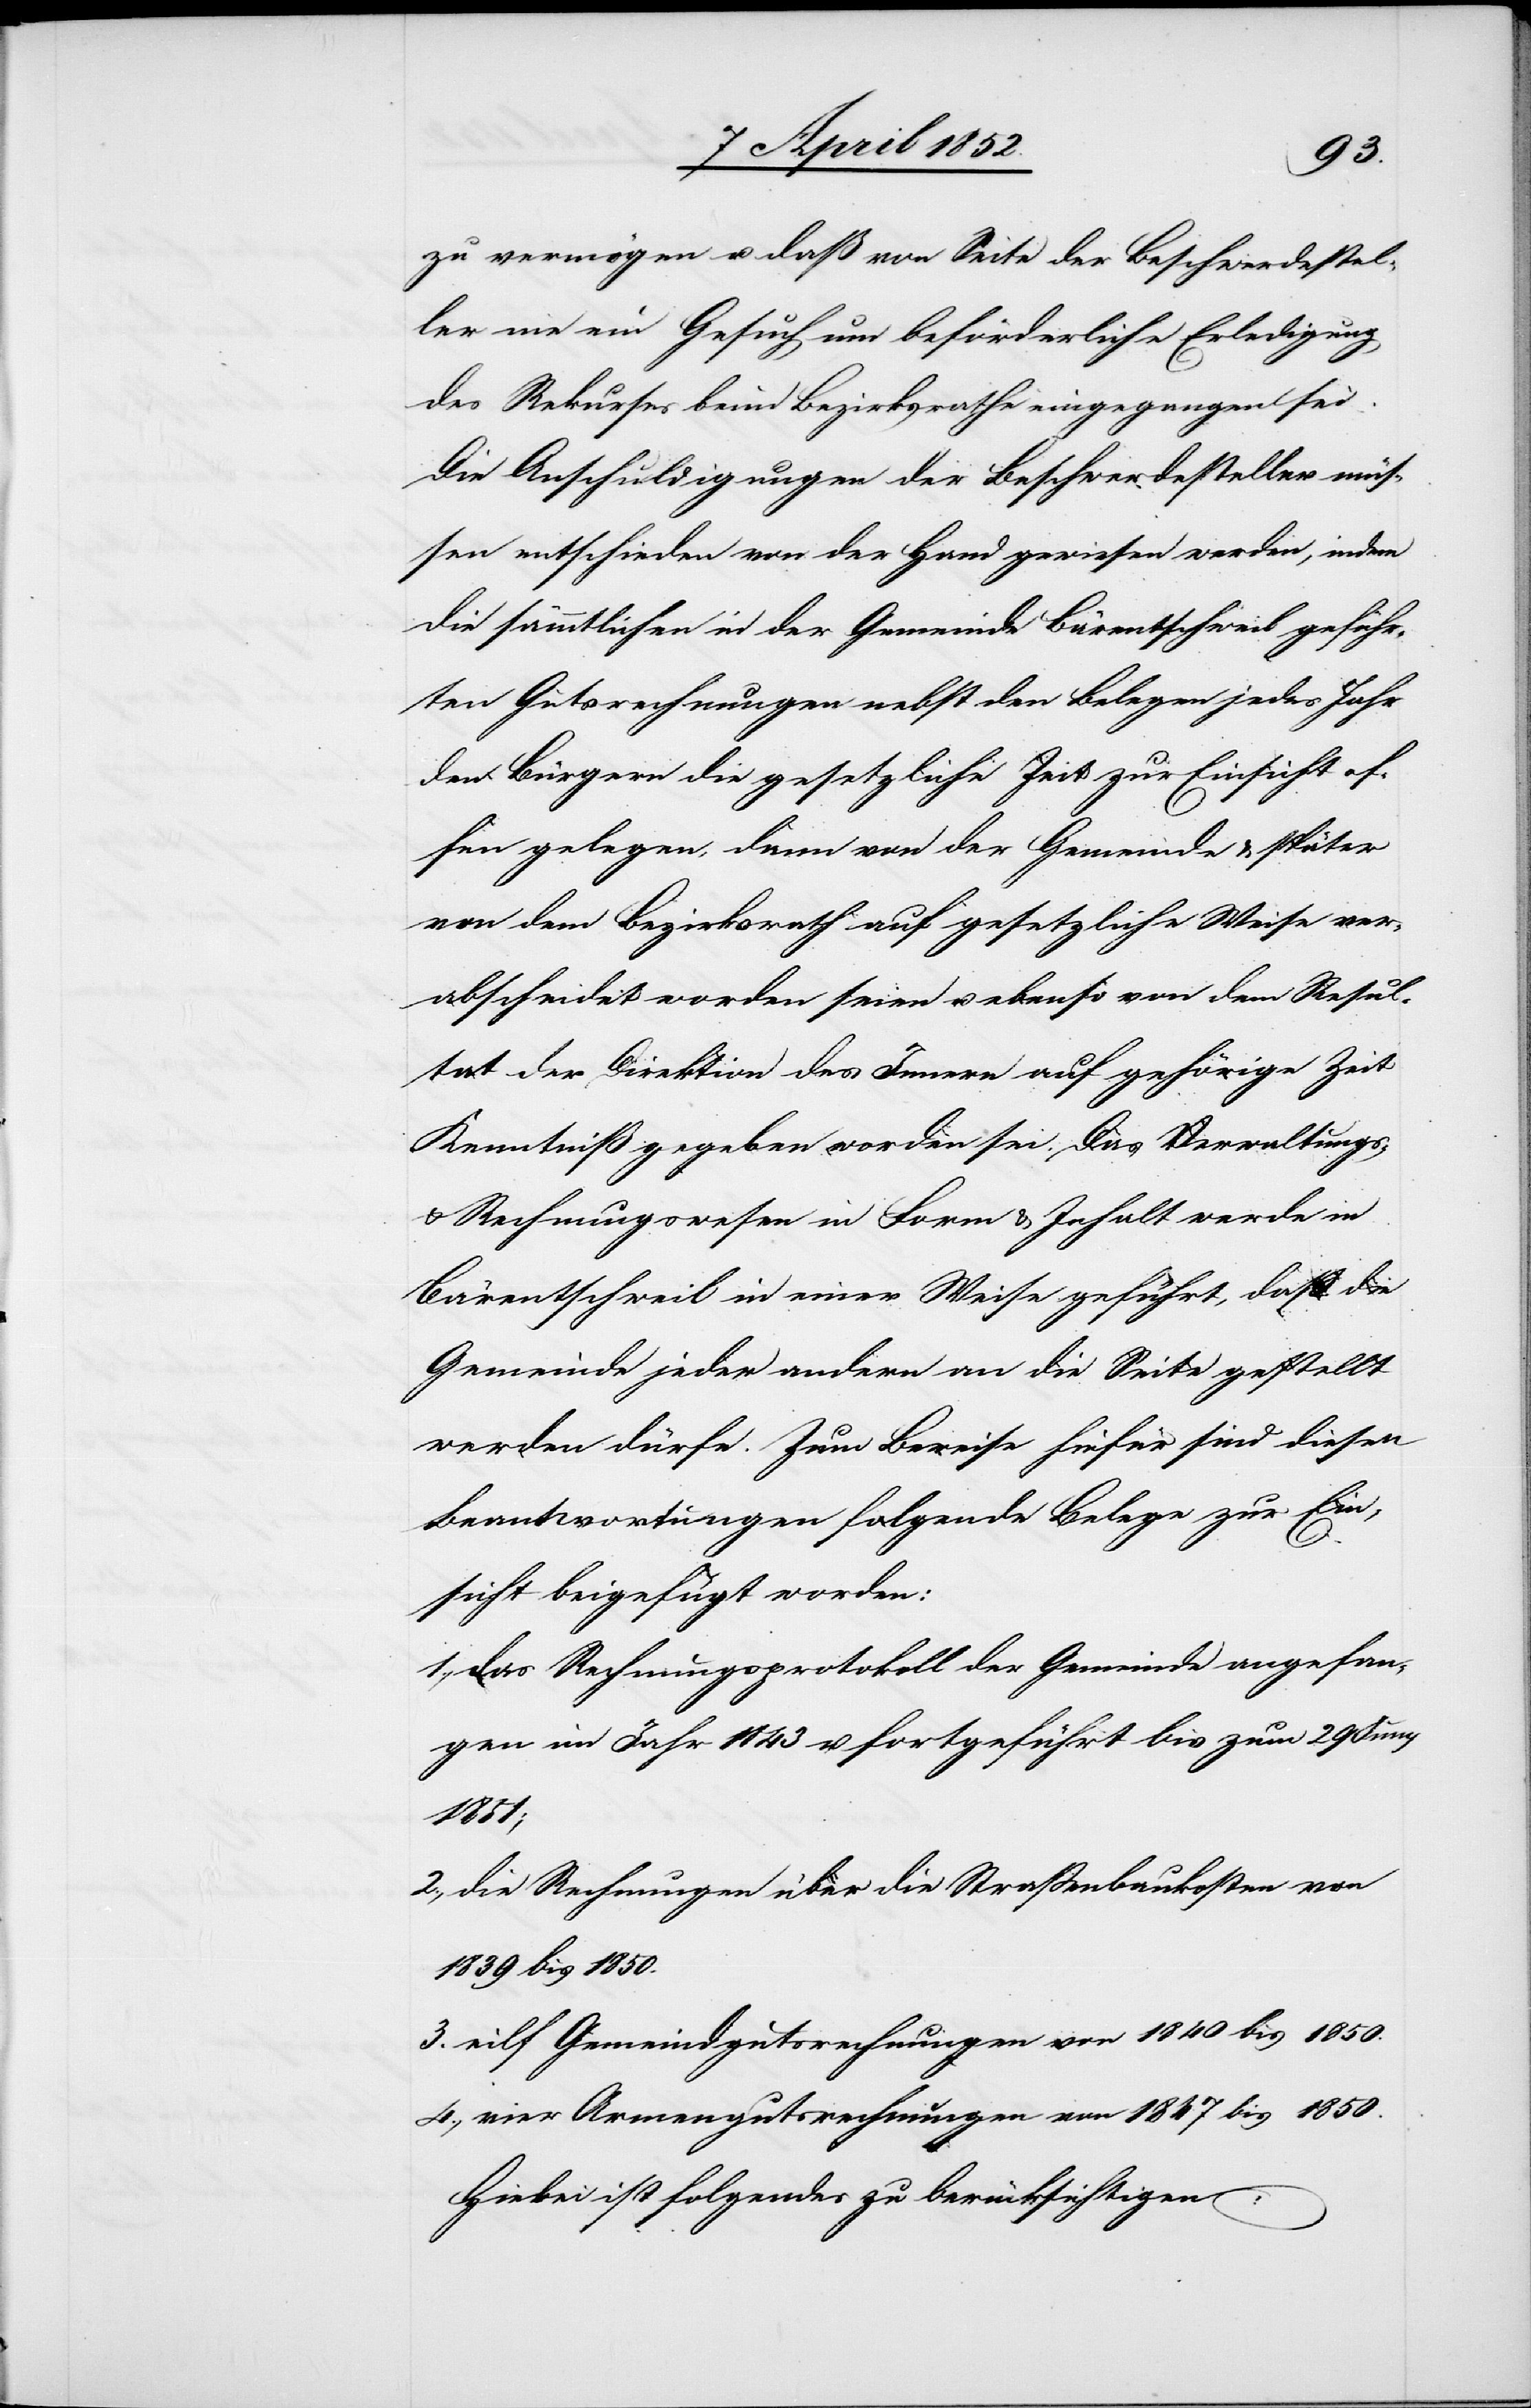
3.
zu vermögen u. daß von Seite der Beschwerdestel¬
ler nie ein Gesuch um beförderliche Erledigung
des Rekurses beim Bezirksrathe eingegangen sei.
Die Anschuldigungen der Beschwerdesteller müs¬
sen entschieden von der Hand gewiesen werden, indem
die sämmtlichen in der Gemeinde Bärentschweil geführ¬
ten Gutsrechnungen nebst den Belegen jedes Jahr
den Bürgern die gesetzliche Zeit zur Einsicht of¬
fen gelegen, dann von der Gemeinde & später
von dem Bezirksrath auf gesetzliche Weise ver¬
abscheidet worden seien u. ebenso von dem Resul¬
tat der Direktion des Innern auf gehörige Zeit
Kenntniß gegeben worden sei. Das Verwaltungs-
Rechnungswesen in Form & Inhalt werde in
Bärentschweil in einer Weise geführt, daß die
Gemeinde jeder andern an die Seite gestellt
werden dürfe. Zum Beweise hiefür sind diesen
Beantwortungen folgende Belege zur Ein¬
sicht beigefügt worden:
das Rechnungsprotokoll der Gemeinde angefan¬
gen im Jahr 1843 u. fortgeführt bis zum 29 Juny
1851;
die Rechnungen über die Strassenbaukosten von
1839 bis 1850.
eilf Gemeindgutsrechnungen von 1840 bis 1850.
vier Armengutsrechnungen von 1847 bis 1850.
Hiebei ist folgendes zu berücksichtigen: